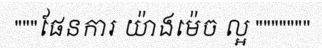
"""ផែនការ យ៉ាងម៉េច ល្អ """""""